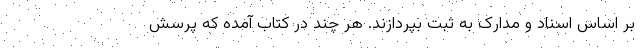
بر اساس اسناد و مدارک به ثبت بپردازند. هر چند در کتاب آمده که پرسش